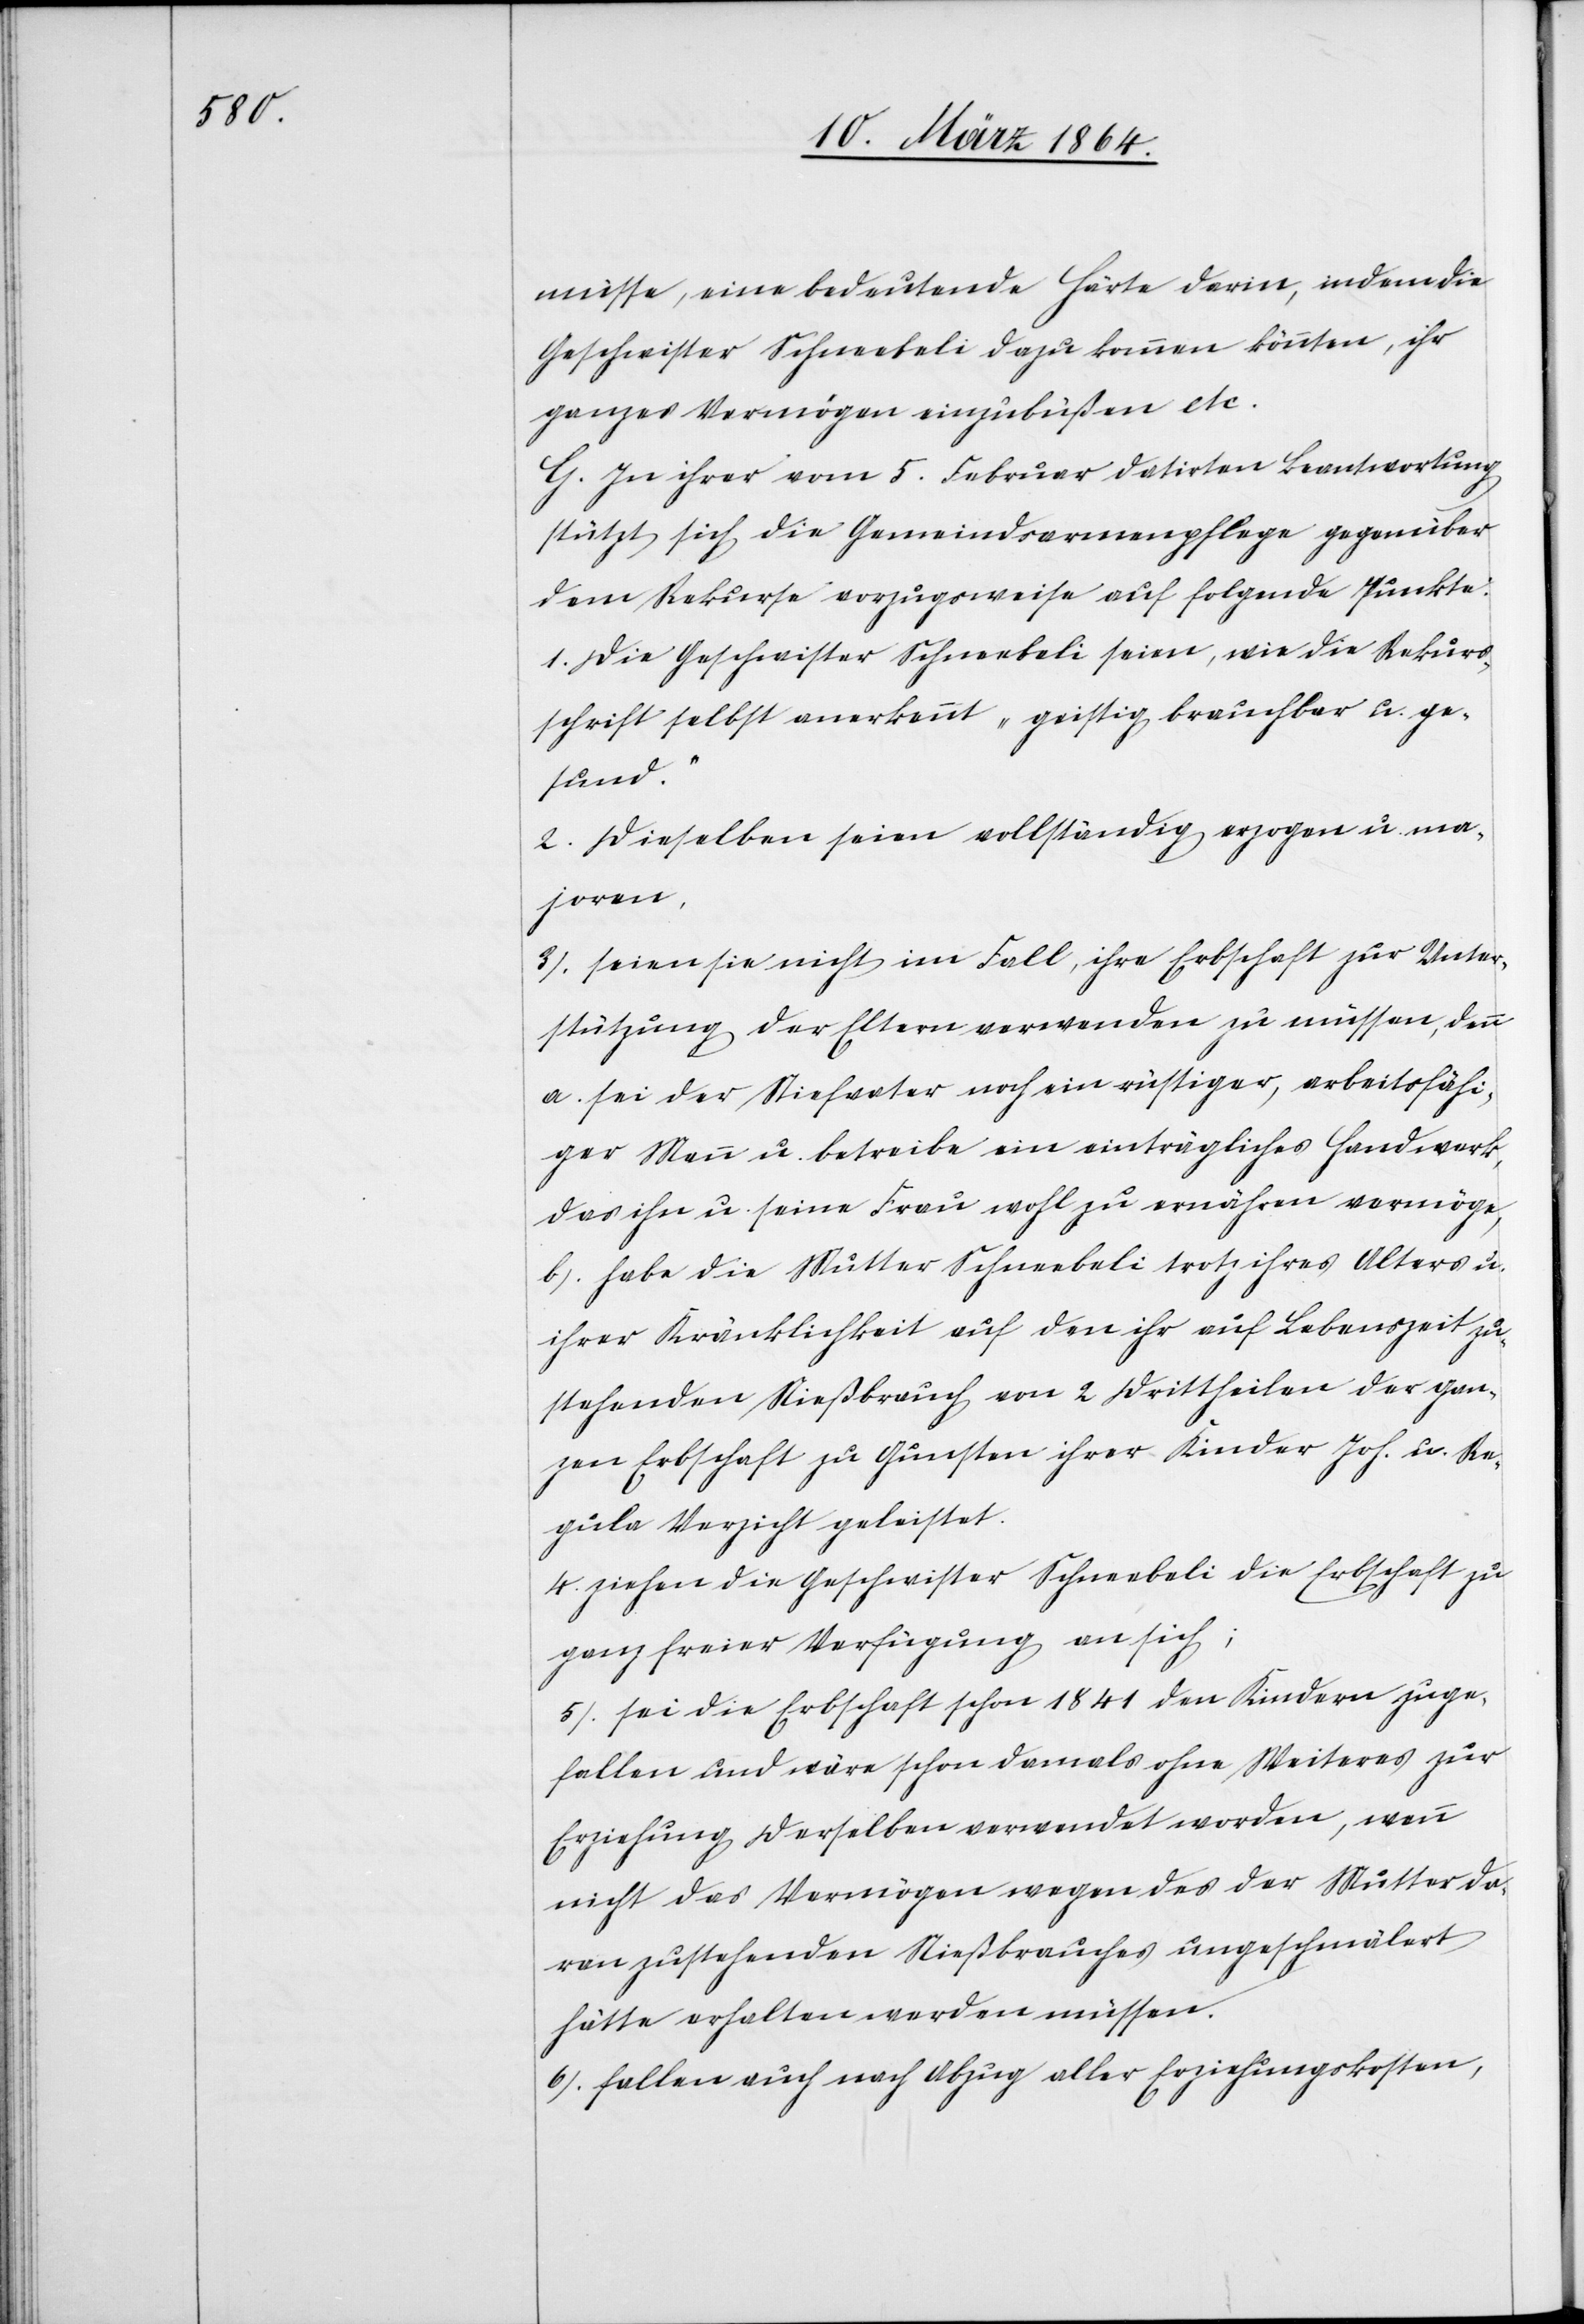
müsse, eine bedeutende Härte darin, indem die
Geschwister Schneebeli dazu kommen könnten, ihr
ganzes Vermögen einzubüßen etc.
G. In ihrer vom 5. Februar datirten Beantwortung
stützt sich die Gemeindsarmenpflege gegenüber
dem Rekurse vorzugsweise auf folgende Punkte:
1. Die Geschwister Schneebeli seien, wie die Rekurs¬
schrift selbst anerkennt, „geistig brauchbar u. ge¬
sund.“
2. Dieselben seien vollständig erzogen u. ma¬
joren,
3. seien sie nicht im Fall, ihre Erbschaft zur Unter¬
stützung der Eltern verwenden zu müssen, denn
a.) sei der Stiefvater noch ein rüstiger, arbeitsfähi¬
ger Mann u. betreibe ein einträgliches Handwerk,
das ihn u. seine Frau wohl zu ernähren vermöge,
b.) habe die Mutter Schneebeli trotz ihres Alters u.
ihrer Kränklichkeit auf den ihr auf Lebenszeit zu¬
stehenden Nießbrauch von 2 Drittheilen der gan¬
zen Erbschaft zu Gunsten ihrer Kinder Joh. u. Re¬
gula Verzicht geleistet.
4. ziehen die Geschwister Schneebeli die Erbschaft zu
ganz freier Verfügung an sich;
5. sei die Erbschaft schon 1841 den Kindern zuge¬
fallen und wäre schon damals ohne Weiteres zur
Erziehung derselben verwendet worden, wenn
nicht das Vermögen wegen des der Mutter da¬
ran zustehenden Nießbrauches ungeschmälert
hätte erhalten werden müssen.
6. fallen auch nach Abzug aller Erziehungskosten,